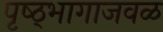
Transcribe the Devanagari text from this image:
पृष्ठ्भागाजवळ